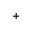
^ +